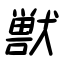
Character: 獣